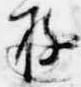
遊